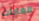
الغابات